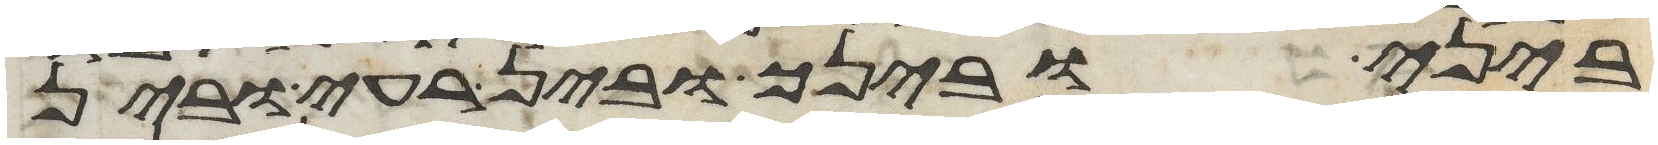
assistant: ביני ובינך ובין רעי ובין